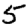
Digit: 5